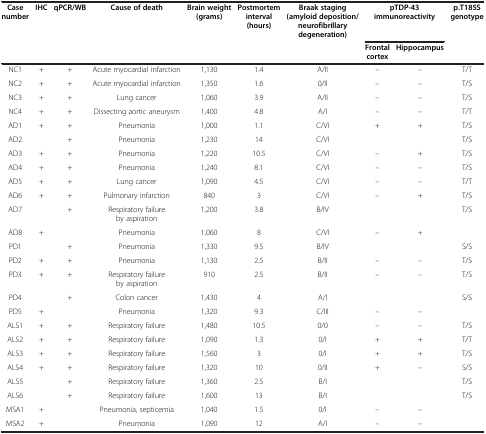
<table><thead><tr><td><b>Case number</b></td><td><b>IHC</b></td><td><b>qPCR/WB</b></td><td><b>Cause of death</b></td><td><b>Brain weight (grams)</b></td><td><b>Postmortem interval (hours)</b></td><td><b>Braak staging (amyloid deposition/neurofibrillary degeneration)</b></td><td colspan="2"><b>pTDP-43 immunoreactivity</b></td><td><b>p.T185S genotype</b></td></tr><tr><td><b> </b></td><td><b> </b></td><td><b> </b></td><td><b> </b></td><td><b> </b></td><td><b> </b></td><td><b> </b></td><td><b>Frontal cortex</b></td><td><b>Hippocampus</b></td><td><b> </b></td></tr></thead><tbody><tr><td>NC1</td><td>+</td><td>+</td><td>Acute myocardial infarction</td><td>1,130</td><td>1.4</td><td>A/II</td><td>–</td><td>–</td><td>T/T</td></tr><tr><td>NC2</td><td>+</td><td>+</td><td>Acute myocardial infarction</td><td>1,350</td><td>1.6</td><td>0/II</td><td>–</td><td>–</td><td>T/S</td></tr><tr><td>NC3</td><td>+</td><td>+</td><td>Lung cancer</td><td>1,060</td><td>3.9</td><td>A/II</td><td>–</td><td>–</td><td>T/S</td></tr><tr><td>NC4</td><td>+</td><td>+</td><td>Dissecting aortic aneurysm</td><td>1,400</td><td>4.8</td><td>A/I</td><td>–</td><td>–</td><td>T/T</td></tr><tr><td>AD1</td><td>+</td><td>+</td><td>Pneumonia</td><td>1,000</td><td>1.1</td><td>C/VI</td><td>+</td><td>+</td><td>T/S</td></tr><tr><td>AD2</td><td> </td><td>+</td><td>Pneumonia</td><td>1,230</td><td>14</td><td>C/VI</td><td> </td><td> </td><td>T/S</td></tr><tr><td>AD3</td><td>+</td><td>+</td><td>Pneumonia</td><td>1,220</td><td>10.5</td><td>C/VI</td><td>–</td><td>+</td><td>T/S</td></tr><tr><td>AD4</td><td>+</td><td>+</td><td>Pneumonia</td><td>1,240</td><td>8.1</td><td>C/VI</td><td>–</td><td>–</td><td>T/S</td></tr><tr><td>AD5</td><td>+</td><td>+</td><td>Lung cancer</td><td>1,090</td><td>4.5</td><td>C/VI</td><td>–</td><td>–</td><td>T/T</td></tr><tr><td>AD6</td><td>+</td><td>+</td><td>Pulmonary infarction</td><td>840</td><td>3</td><td>C/VI</td><td>–</td><td>+</td><td>T/S</td></tr><tr><td>AD7</td><td> </td><td>+</td><td>Respiratory failure by aspiration</td><td>1,200</td><td>3.8</td><td>B/IV</td><td> </td><td> </td><td>T/S</td></tr><tr><td>AD8</td><td>+</td><td> </td><td>Pneumonia</td><td>1,060</td><td>8</td><td>C/VI</td><td>–</td><td>+</td><td> </td></tr><tr><td>PD1</td><td> </td><td>+</td><td>Pneumonia</td><td>1,330</td><td>9.5</td><td>B/IV</td><td> </td><td> </td><td>S/S</td></tr><tr><td>PD2</td><td>+</td><td>+</td><td>Pneumonia</td><td>1,130</td><td>2.5</td><td>B/II</td><td>–</td><td>–</td><td>T/S</td></tr><tr><td>PD3</td><td>+</td><td>+</td><td>Respiratory failure by aspiration</td><td>910</td><td>2.5</td><td>B/II</td><td>–</td><td>–</td><td>T/S</td></tr><tr><td>PD4</td><td> </td><td>+</td><td>Colon cancer</td><td>1,430</td><td>4</td><td>A/I</td><td> </td><td> </td><td>S/S</td></tr><tr><td>PD5</td><td>+</td><td> </td><td>Pneumonia</td><td>1,320</td><td>9.3</td><td>C/III</td><td>–</td><td>–</td><td> </td></tr><tr><td>ALS1</td><td>+</td><td>+</td><td>Respiratory failure</td><td>1,480</td><td>10.5</td><td>0/0</td><td>–</td><td>–</td><td>T/S</td></tr><tr><td>ALS2</td><td>+</td><td>+</td><td>Respiratory failure</td><td>1,090</td><td>1.3</td><td>0/I</td><td>+</td><td>+</td><td>T/T</td></tr><tr><td>ALS3</td><td>+</td><td>+</td><td>Respiratory failure</td><td>1,560</td><td>3</td><td>0/I</td><td>+</td><td>+</td><td>T/S</td></tr><tr><td>ALS4</td><td>+</td><td>+</td><td>Respiratory failure</td><td>1,320</td><td>10</td><td>0/II</td><td>+</td><td>–</td><td>S/S</td></tr><tr><td>ALS5</td><td> </td><td>+</td><td>Respiratory failure</td><td>1,360</td><td>2.5</td><td>B/I</td><td> </td><td> </td><td>T/S</td></tr><tr><td>ALS6</td><td> </td><td>+</td><td>Respiratory failure</td><td>1,600</td><td>13</td><td>B/I</td><td> </td><td> </td><td>T/S</td></tr><tr><td>MSA1</td><td>+</td><td> </td><td>Pneumonia, septicemia</td><td>1,040</td><td>1.5</td><td>0/I</td><td>–</td><td>–</td><td> </td></tr><tr><td>MSA2</td><td>+</td><td> </td><td>Pneumonia</td><td>1,090</td><td>12</td><td>A/I</td><td>–</td><td>–</td><td> </td></tr></tbody></table>